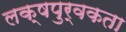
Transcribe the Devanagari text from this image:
लक्षपुर्वकता